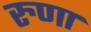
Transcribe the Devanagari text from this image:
रुणा